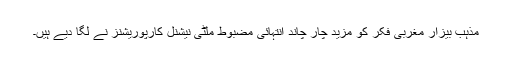
مذہب بیزار مغربی فکر کو مزید چار چاند انتہائی مضبوط ملٹی نیشنل کارپوریشنز نے لگا دیے ہیں۔